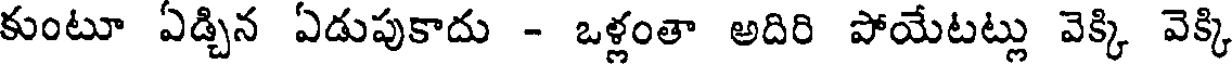
కుంటూ ఏడ్చిన ఏడుపుకాదు - ఒళ్లంతా అదిరి పోయేటట్లు వెక్కి వెక్కి